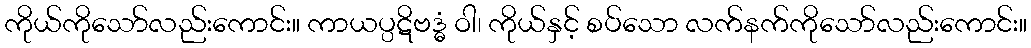
ကိုယ်ကိုသော်လည်းကောင်း။ ကာယပ္ပဋိဗဒ္ဓံ ဝါ၊ ကိုယ်နှင့် စပ်သော လက်နက်ကိုသော်လည်းကောင်း။